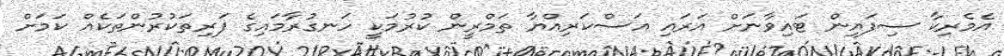
އެމެރިކާ ސިފައިން ޓައިވާނަށް އަރައި އަސްކަރިއްޔާ ތަމްރީން ކުރުމަކީ ހަނގުރާމައިގެ ފަރިތަކުރުންތަކެއް ކަމަށް